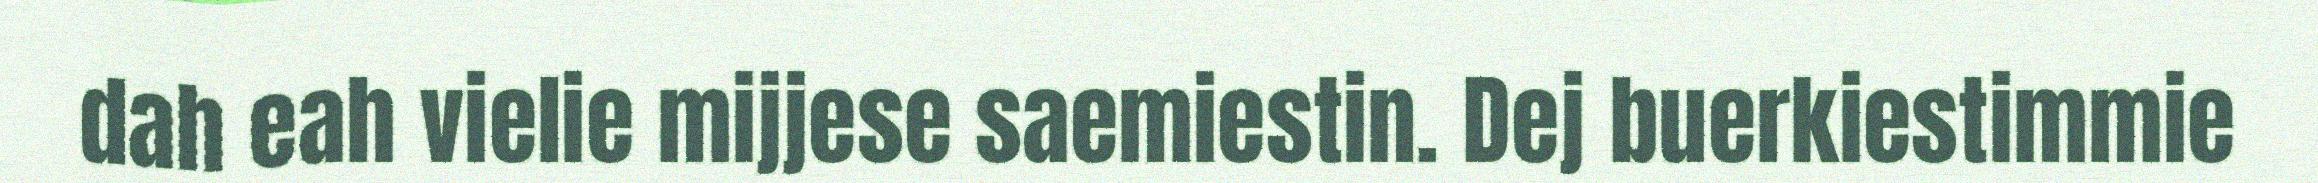
dah eah vielie mijjese saemiestin. Dej buerkiestimmie